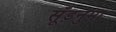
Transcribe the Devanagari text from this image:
सूँड़नुमा